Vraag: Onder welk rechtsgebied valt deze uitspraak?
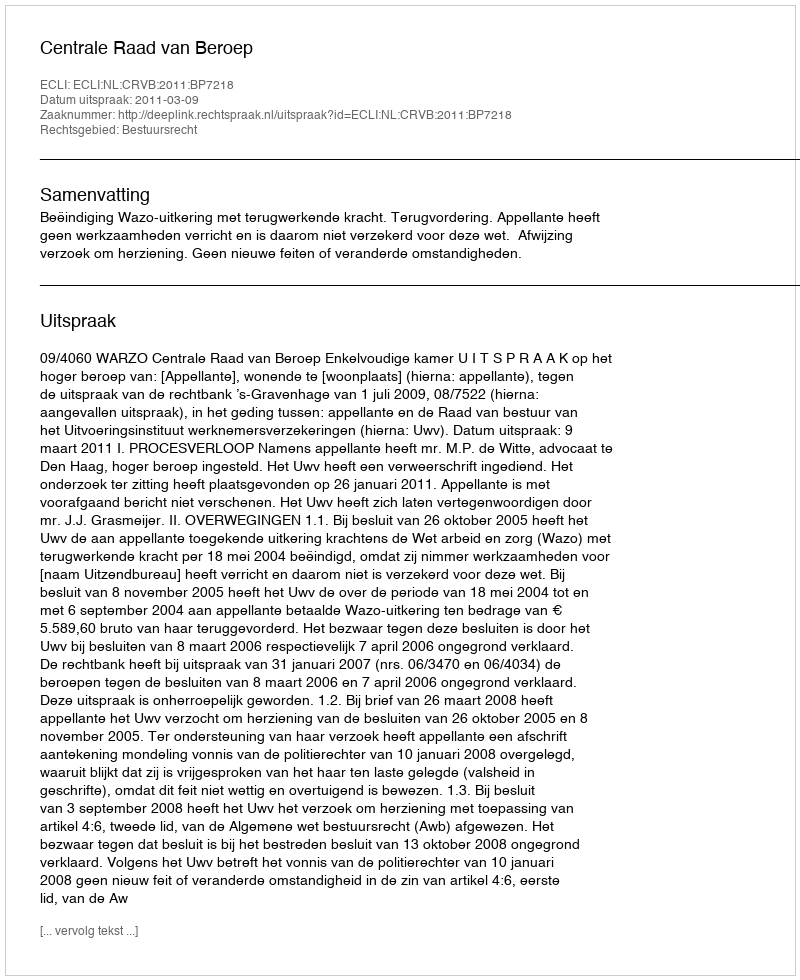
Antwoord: Bestuursrecht